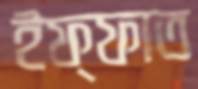
ইফ্ফাত